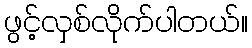
ဖွင့်လှစ်လိုက်ပါတယ်။